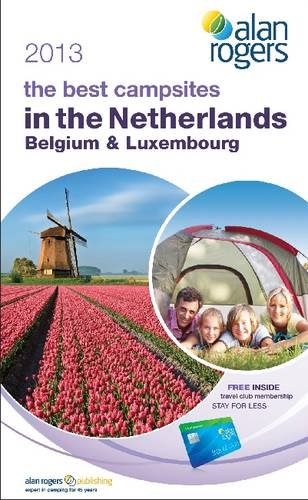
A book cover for The Best Campsites in Netherlands, Belgium & Luxembourg 2013; Alan Rogers Guides; Travel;